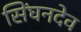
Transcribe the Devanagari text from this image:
सिंघनदेव